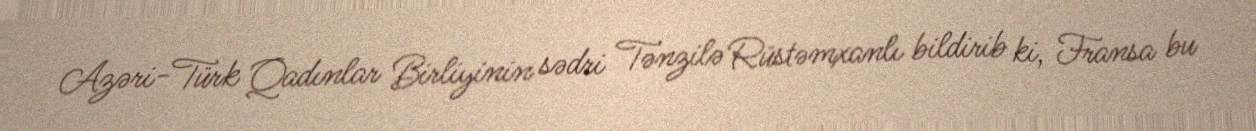
Azəri-Türk Qadınlar Birliyinin sədri Tənzilə Rüstəmxanlı bildirib ki, Fransa bu